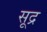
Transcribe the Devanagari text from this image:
सूद्र